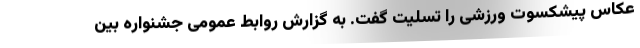
عکاس پیشکسوت ورزشی را تسلیت گفت. به گزارش روابط عمومی جشنواره بین